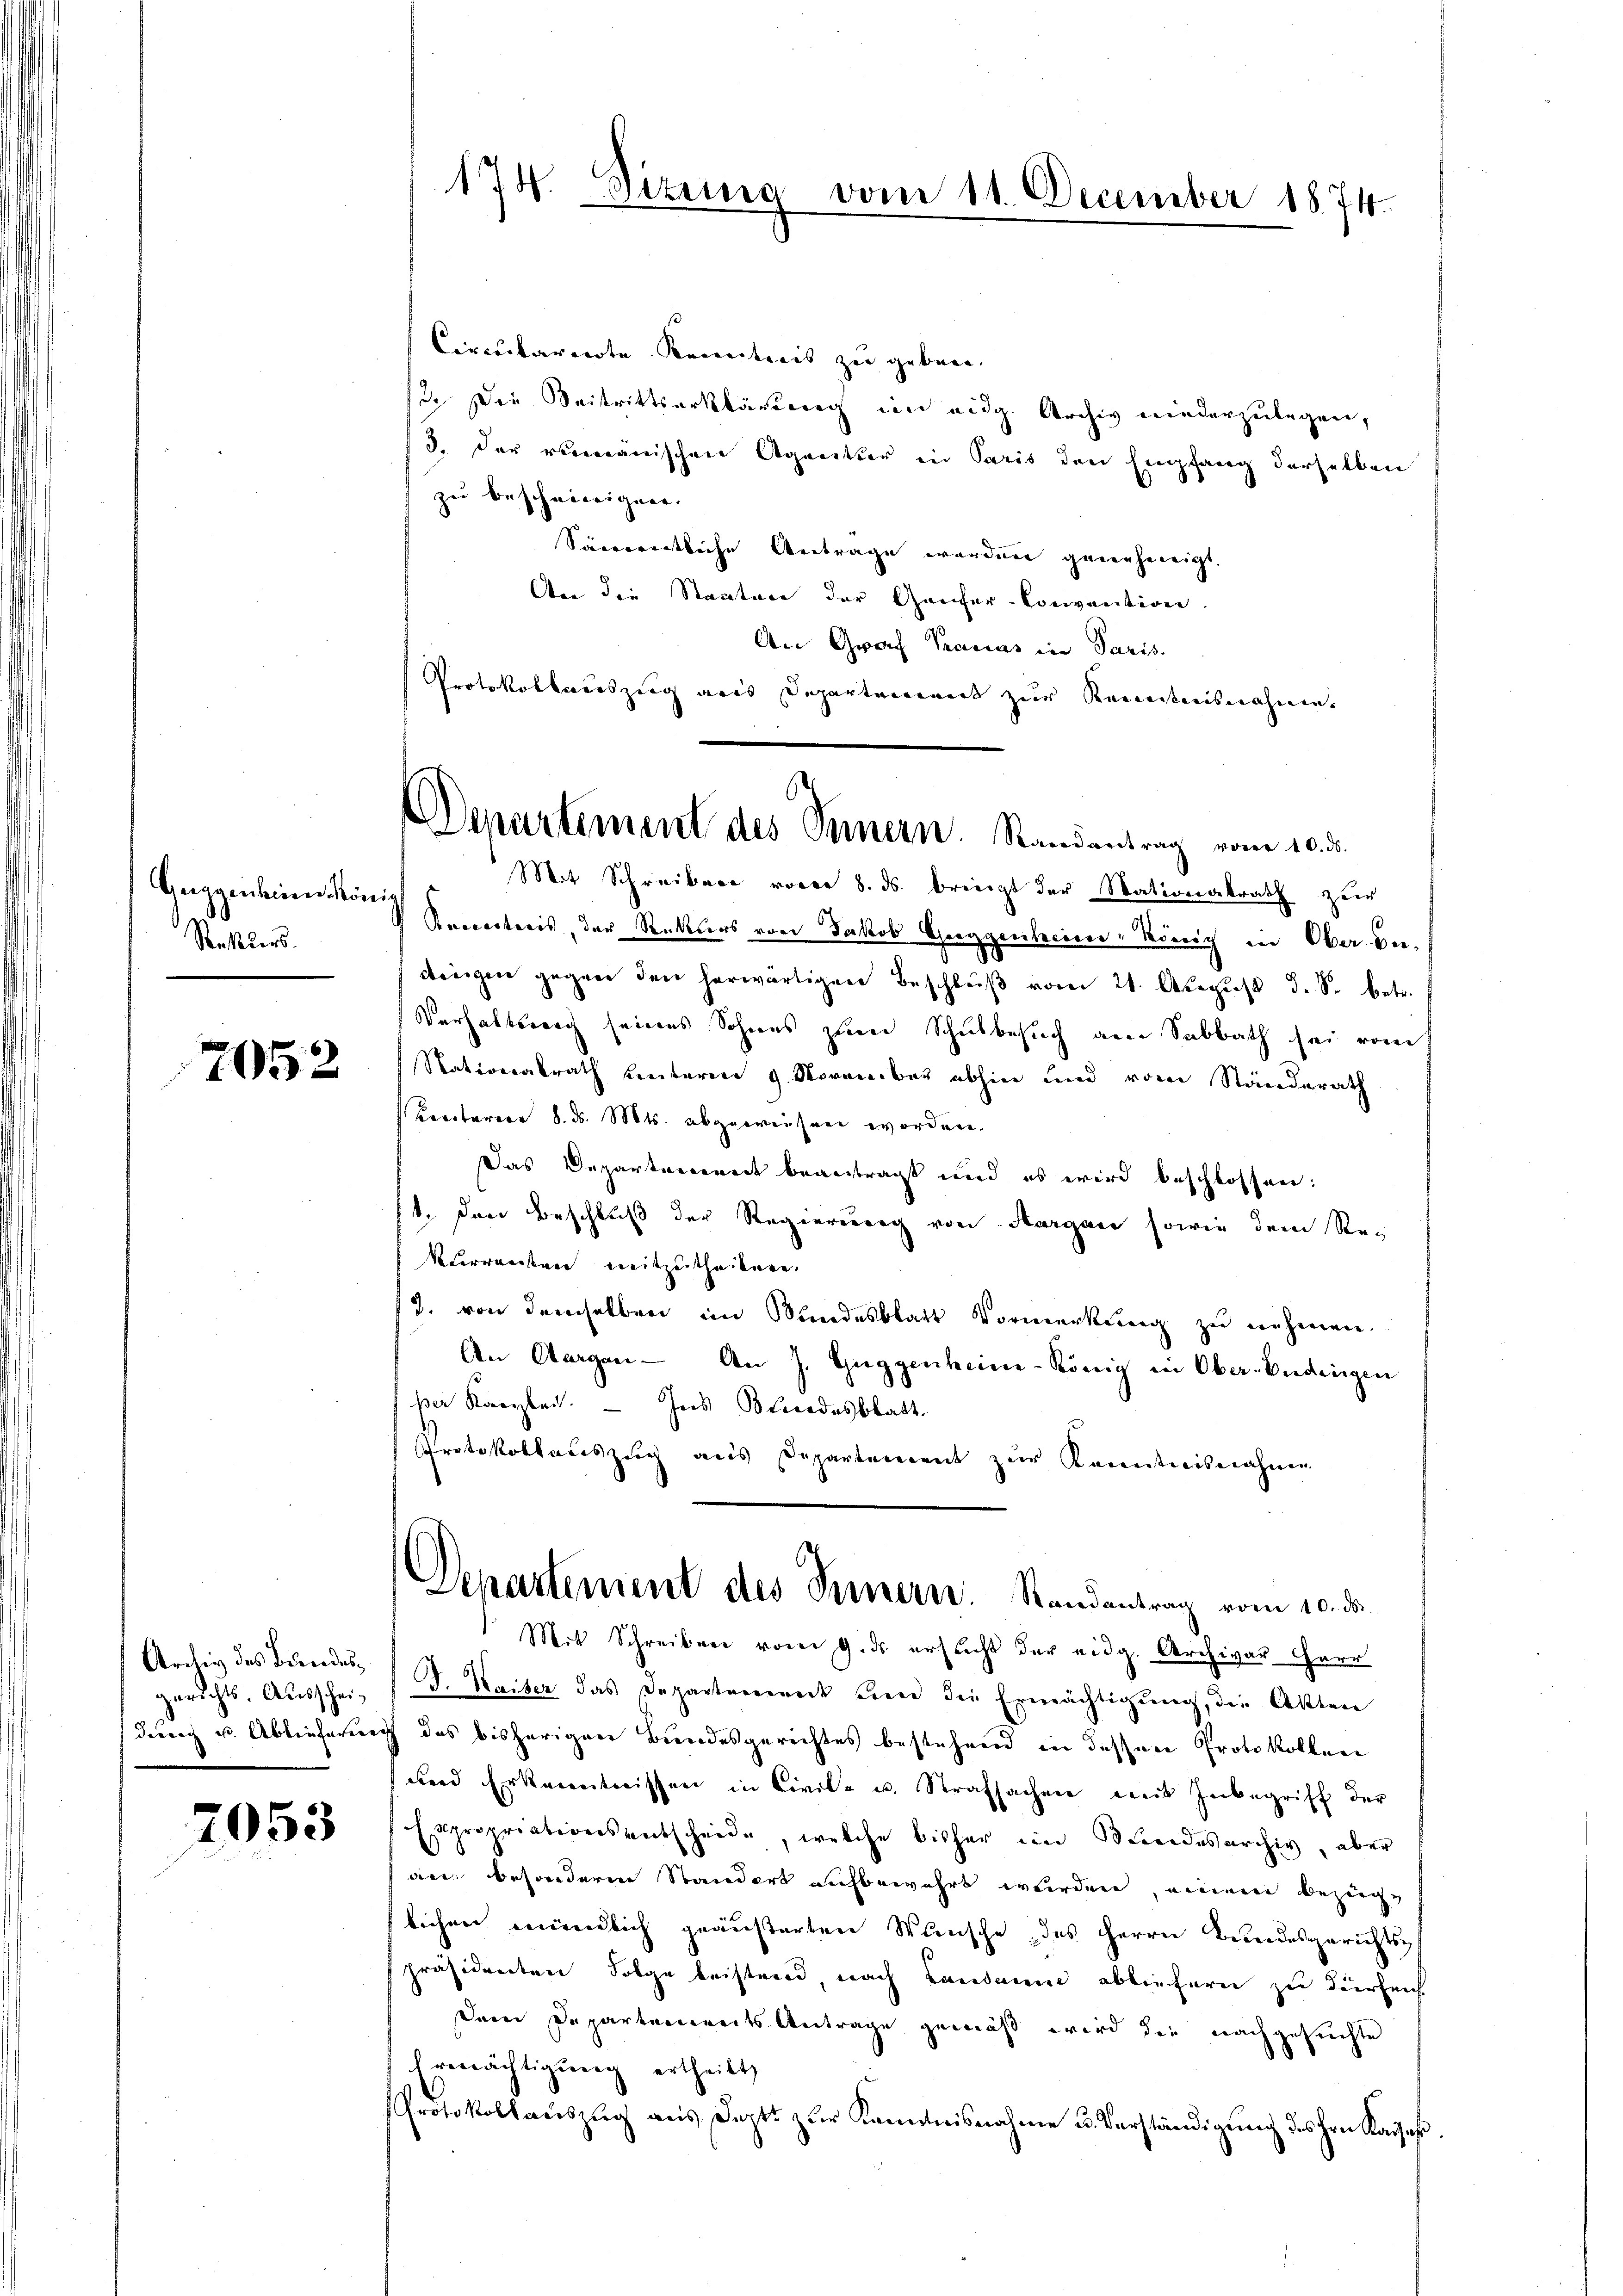
Guggenheine König
Resters.

7052

Ardey des Bundes¬

7053

174. Sizung vom 11. December 1874.

Departement des Seinern. Randantrag vom 10. ds.

Circularierte Kenntnis zu geben.
sie die Seitrittserklärung im eidg. Archiv niederzulegen,
/3. der rumänischen Agentur in Paris den Empfang derselben
zu beschneeignen.
Sierrentliche Antrage werden genehmigt.
Aen die Staatvor der Genfer-Convention.
An Graf Pauas in Paris.
Protokollauszug aus Departement zur Reinistesnahme
Mit Schreibere vorer 8. ds. briegt der Stationalrath zur
Recretaris, der Rekurs von Jakob Guggenheim, König in Oberbedingen gegen den herwärtigen Beschlŭβ vom 21. August d. S. betr.
Verhaltswach seines Sohnes zum Schulbesuch am Sabbath sei vom
Nationalrath heuteren 9. November abhin und von Ständerath
Kenotarien 8. d. Mts. abgewiesen worden.
Das Departerrenade beantragt und es wird beschlossen:
1. Den Beschluß der Regierung von Aargau sowie dem Re-
Verwandener weitzuthedenen.
12. von demselben im Bundesblatt Vormerkung zu nehmen.
An Aargau - An J. Guggenheim-König in Ober-Endingen
per Kanzlei. — Ins Bundesblatt.
Protokollauszug aus Departement zur Kenntnisnahme
Departement des Innern. Randantrag vom 10. ds.
Mit Schreiben vom 9. ds ersucht der eidg. Archivar Herr
gerichts- Aŭsschei- 1 J. Kaiser das Departement und die Ermächtigŭng, die Akten
ding u. Ablieferung des bisherigen Bundesgerichtes bestehend in dessen Protokollen
und Erkenntnissen in Civil- u. Strafsachen mit Inbegriff der
Expropriationsentscheide, welche bisher in Beidesarchiv, aber
an besondere Standert aufbewahrt wurden, einem bezüglichen mündlich geäußerten Wünsche des Herrn Bundesgerichts
präsidenten Folge beistend, nach Landann abliefern zu dürfen
Dein Departenwerts Antrage gemäß wird die nachgesuchte
renrächtigung ertheilt,
Protokollaŭszŭg aŭs Doptt zur Kenntnisnahme u. Verständigung des Hrn. Kaises